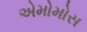
એમોમોસ